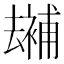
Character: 𠬕